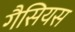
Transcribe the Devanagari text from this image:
गैसियस